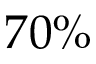
7 0 \%